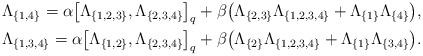
LaTeX: \begin{gather*}\Lambda_{\{1,4\}}=\alpha \big[\Lambda_{\{1,2,3\}},\Lambda_{\{2,3,4\}} \big]_q + \beta \big( \Lambda_{\{2,3\}}\Lambda_{\{1,2,3,4\}}+\Lambda_{\{1\}}\Lambda_{\{4\}} \big),\\\Lambda_{\{1,3,4\}}=\alpha \big[\Lambda_{\{1,2\}},\Lambda_{\{2,3,4\}} \big]_q + \beta \big( \Lambda_{\{2\}}\Lambda_{\{1,2,3,4\}}+\Lambda_{\{1\}}\Lambda_{\{3,4\}} \big).\end{gather*}